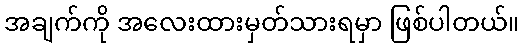
အချက်ကို အလေးထားမှတ်သားရမှာ ဖြစ်ပါတယ်။